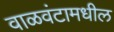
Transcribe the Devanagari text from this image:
वाळवंटामधील